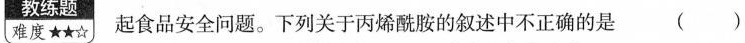
教练题难度★★☆ 起食品安全问题。下列关于丙烯酰胺的叙述中不正确的是 ( )